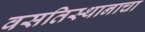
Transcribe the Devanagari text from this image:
वसतिस्थानाचा